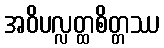
အဝိပလ္လတ္ထစိတ္တဿ